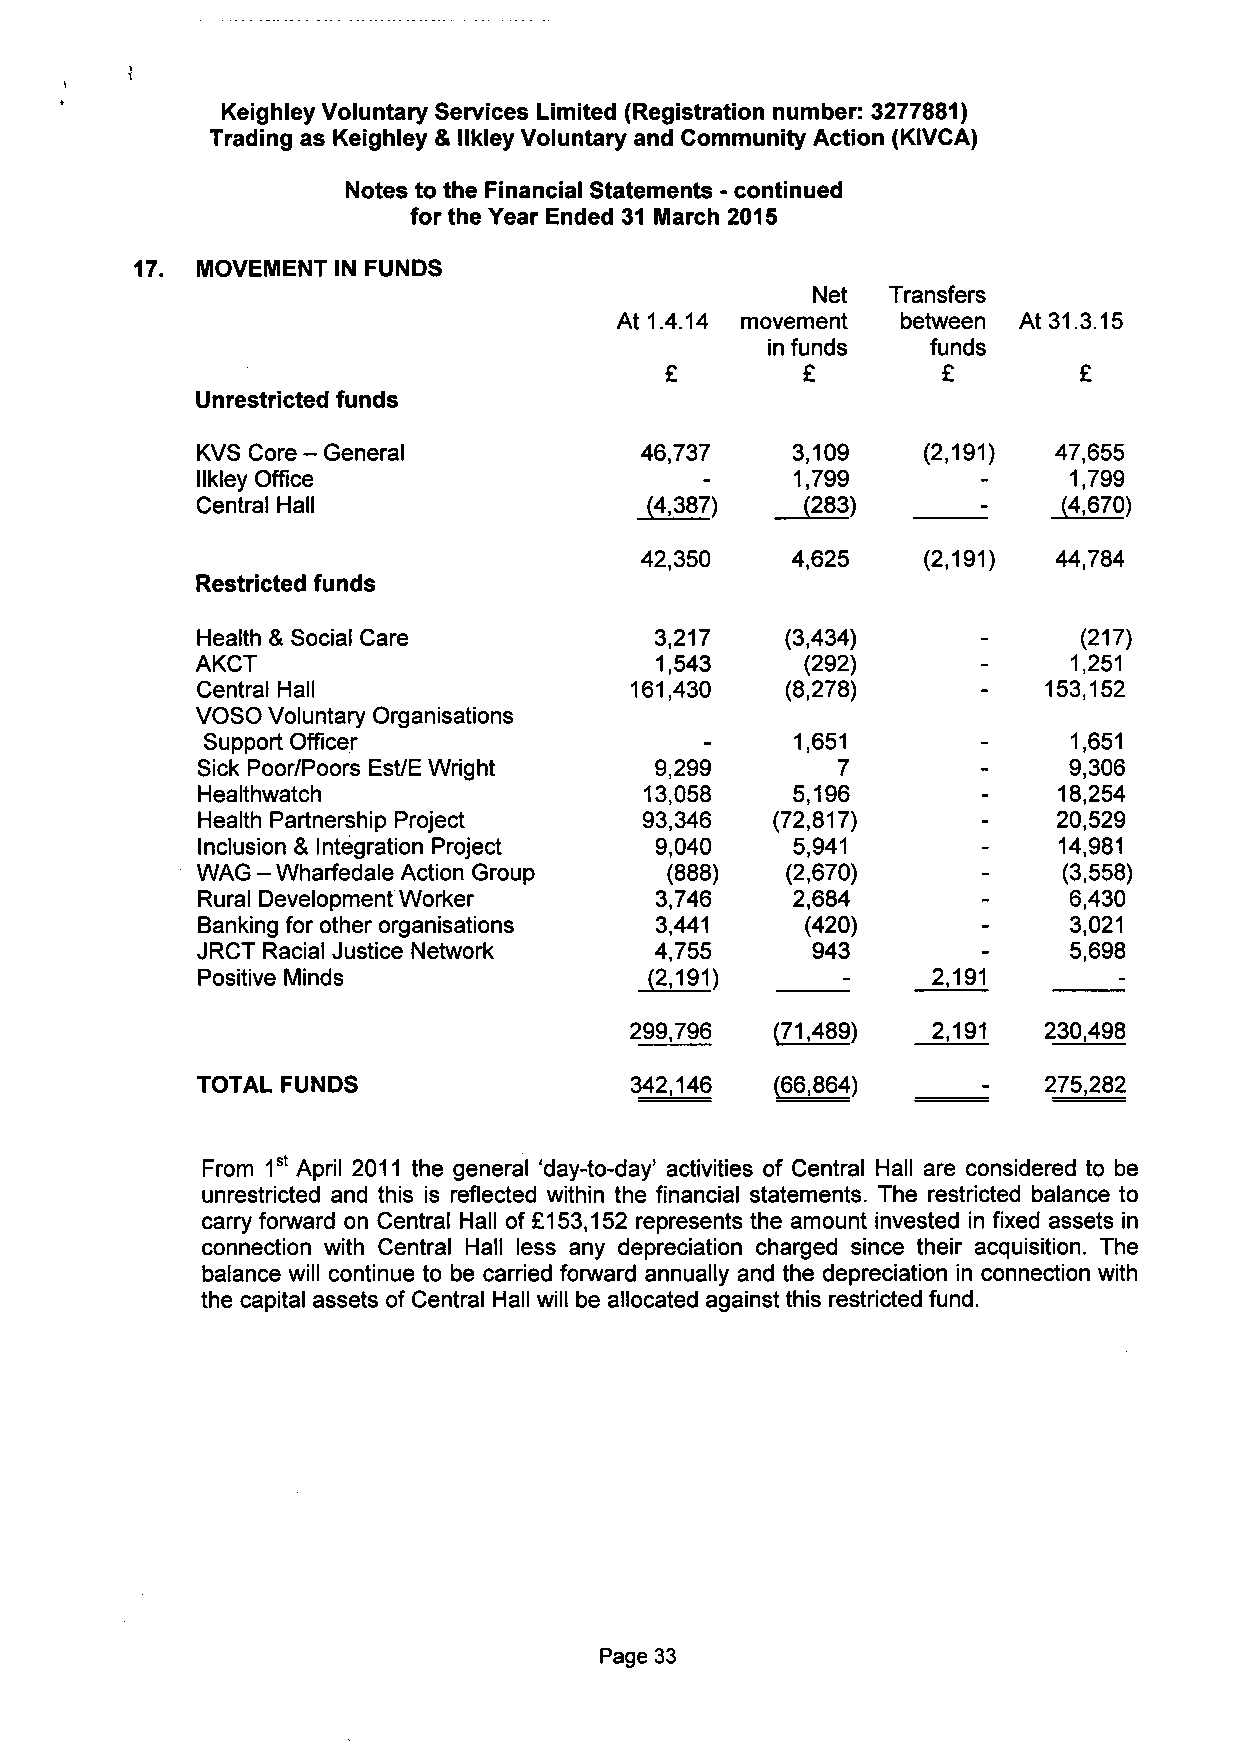
Keighley Voluntary Services Limited (Registration number: 3277881)
 Trading as Keighley & llkley Voluntary and Community Action (KIVCA)
 Notes to the Financial Statements - continued
 for the Year Ended 31 March 2015
 MOVEMENT IN FUNDS
 Net  Transfers
 At 1.4.14 movement between At 31.3.15
 in funds   funds
 £        £        £        £
 Unrestricted funds
 KVS Core - General           46,737    3,109    (2,191)  47,655
 llkley Office                           1,799             1,799
 Central Hall                  (4,387)   (283)            (4,670)
 42,350    4,625    (2,191)  44,784
 Restricted funds
 Health & Social Care          3,217    (3,434)             (217)
 AKCT                          1,543     (292)             1,251
 Central Hall                 161,430   (8,278)          153,152
 VOSO Voluntary Organisations
 Support Officer                         1,651             1,651
 Sick Poor/Poors Est/E Wright  9,299       7               9,306
 Healthwatch                   13,058   5,196             18,254
 Health Partnership Project    93,346  (72,817)           20,529
 Inclusion & Integration Project 9,040  5,941             14,981
 WAG - Wharfedale Action Group  (888)   (2,670)           (3,558)
 Rural Development Worker      3,746    2,684              6,430
 Banking for other organisations 3,441   (420)             3,021
 JRCT Racial Justice Network   4,755      943              5,698
 Positive Minds                (2,191)            2,191
 299,796  (71,489)   2,191  230,498
 TOTAL FUNDS                  342,146  (66,864)          275,282
 From 1 April 2011 the general 'day-to-day' activities of Central Hall are considered to be
 unrestricted and this is reflected within the financial statements. The restricted balance to
 carry forward on Central Hall of £153,152 represents the amount invested in fixed assets in
 connection with Central Hall less any depreciation charged since their acquisition. The
 balance will continue to be carried forward annually and the depreciation in connection with
 the capital assets of Central Hall will be allocated against this restricted fund.
 Page 33